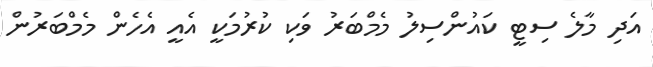
އަދި މާލެ ސިޓީ ކައުންސިލު މެމްބަރު ވަކި ކުރުމަކީ އެއީ އެހެން މެމްބަރުން